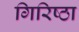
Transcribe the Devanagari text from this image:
गिरिष्ठा